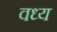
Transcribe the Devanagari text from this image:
वध्य